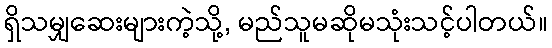
ရှိသမျှဆေးများကဲ့သို့, မည်သူမဆိုမသုံးသင့်ပါတယ်။